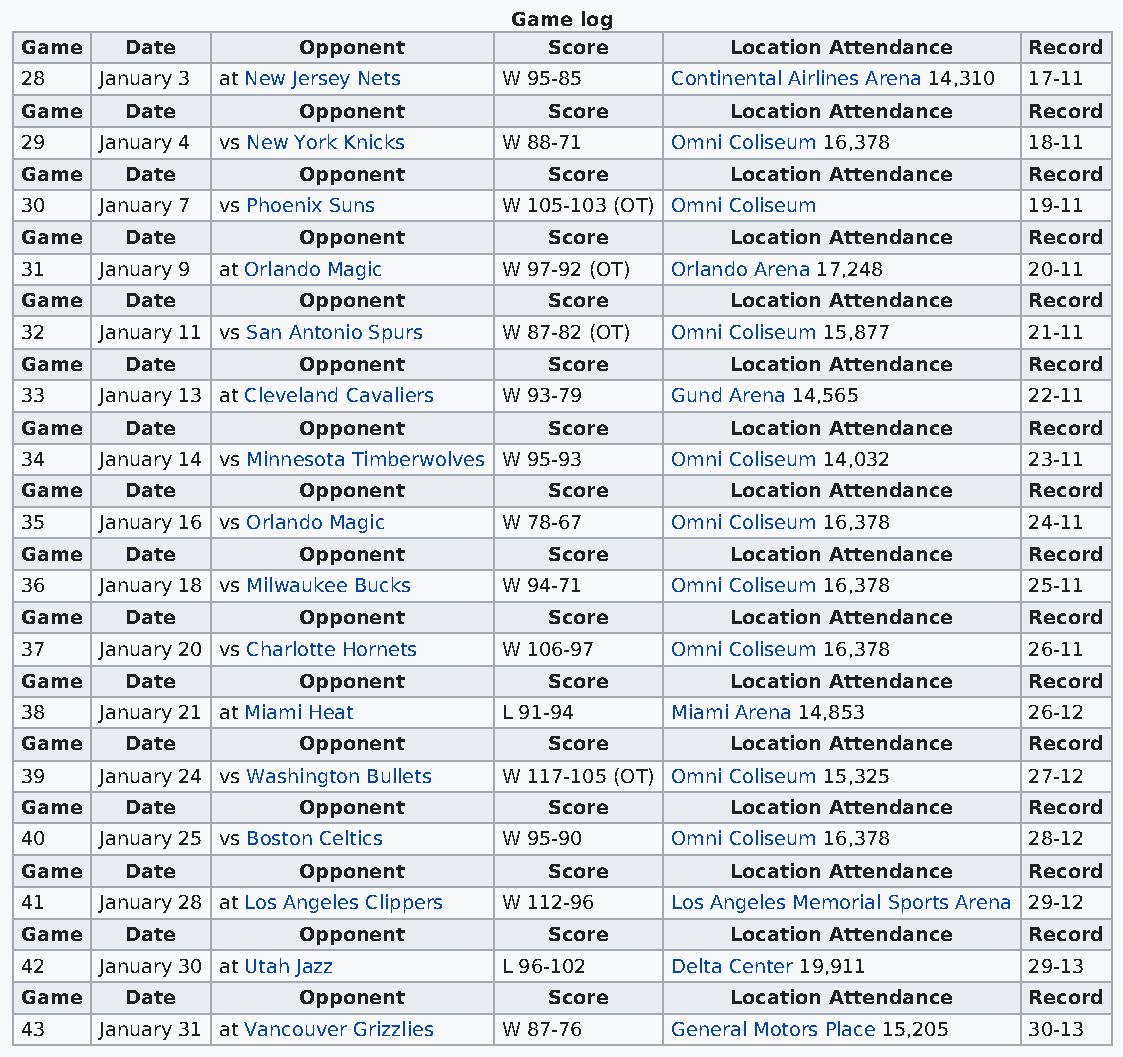
Game log
 Game   Date        Opponent        Score       Location Attendance Record
 28    January 3 at New Jersey Nets W 95-85 Continental Airlines Arena 14,310 17-11
 Game   Date        Opponent        Score       Location Attendance Record
 29    January 4 vs New York Knicks W 88-71 Omni Coliseum 16,378    18-11
 Game   Date        Opponent        Score       Location Attendance Record
 30    January 7 vs Phoenix Suns W 105-103 (OT) Omni Coliseum       19-11
 Game   Date        Opponent        Score       Location Attendance Record
 31    January 9 at Orlando Magic W 97-92 (OT) Orlando Arena 17,248 20-11
 Game   Date        Opponent        Score       Location Attendance Record
 32    January 11 vs San Antonio Spurs W 87-82 (OT) Omni Coliseum 15,877 21-11
 Game   Date        Opponent        Score       Location Attendance Record
 33    January 13 at Cleveland Cavaliers W 93-79 Gund Arena 14,565  22-11
 Game   Date        Opponent        Score       Location Attendance Record
 34    January 14 vs Minnesota Timberwolves W 95-93 Omni Coliseum 14,032 23-11
 Game   Date        Opponent        Score       Location Attendance Record
 35    January 16 vs Orlando Magic W 78-67  Omni Coliseum 16,378    24-11
 Game   Date        Opponent        Score       Location Attendance Record
 36    January 18 vs Milwaukee Bucks W 94-71 Omni Coliseum 16,378   25-11
 Game   Date        Opponent        Score       Location Attendance Record
 37    January 20 vs Charlotte Hornets W 106-97 Omni Coliseum 16,378 26-11
 Game   Date        Opponent        Score       Location Attendance Record
 38    January 21 at Miami Heat  L 91-94    Miami Arena 14,853      26-12
 Game   Date        Opponent        Score       Location Attendance Record
 39    January 24 vs Washington Bullets W 117-105 (OT) Omni Coliseum 15,325 27-12
 Game   Date        Opponent        Score       Location Attendance Record
 40    January 25 vs Boston Celtics W 95-90 Omni Coliseum 16,378    28-12
 Game   Date        Opponent        Score       Location Attendance Record
 41    January 28 at Los Angeles Clippers W 112-96 Los Angeles Memorial Sports Arena 29-12
 Game   Date        Opponent        Score       Location Attendance Record
 42    January 30 at Utah Jazz   L 96-102   Delta Center 19,911     29-13
 Game   Date        Opponent        Score       Location Attendance Record
 43    January 31 at Vancouver Grizzlies W 87-76 General Motors Place 15,205 30-13